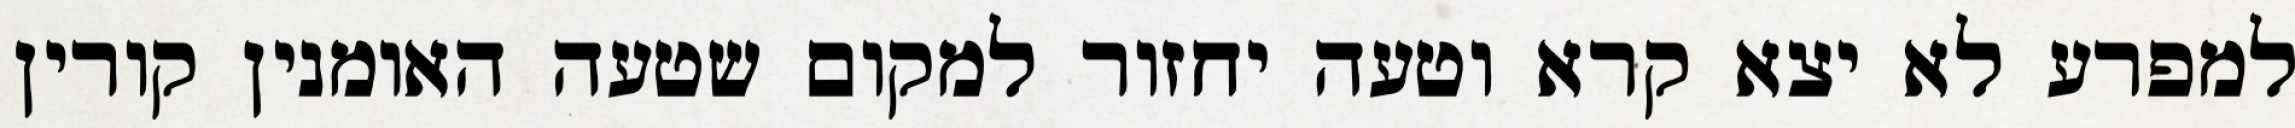
למפרע לא יצא קרא וטעה יחזור למקום שטעה האומנין קורין